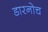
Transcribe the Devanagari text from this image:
डारनोच